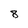
Character: 8